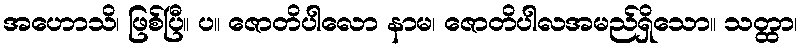
အဟောသိ၊ ဖြစ်ပြီ။ ပ။ ဇောတိပါလော နာမ၊ ဇောတိပါလအမည်ရှိသော။ သတ္ထာ၊